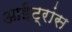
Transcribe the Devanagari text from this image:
आईट्रांस